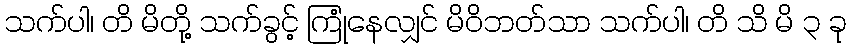
သက်ပါ၊ တိ မိတို့ သက်ခွင့် ကြုံနေလျှင် မိဝိဘတ်သာ သက်ပါ၊ တိ သိ မိ ၃ ခု